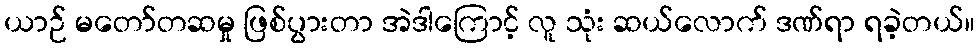
ယာဉ် မတော်တဆမှု ဖြစ်ပွားတာ အဲဒါကြောင့် လူ သုံး ဆယ်လောက် ဒဏ်ရာ ရခဲ့တယ်။